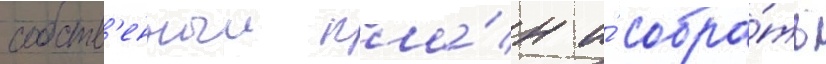
собств'енныи кла́н и́ собра́ть